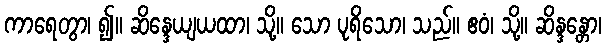
ကာရေတွာ၊ ၍။ ဆိန္ဒေယျယထာ၊ သို့။ သော ပုရိသော၊ သည်။ ဧဝံ၊ သို့။ ဆိန္ဒန္တော၊